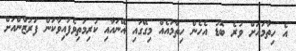
އެ ހިތާމައަށް ވުރެ ބޮޑު އެހެން ހިތާމައެއް މިގޭގައި އޭނައާއި ކުރިމަތިވެފައިވާކަން ފަރުޒާންއަށް